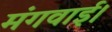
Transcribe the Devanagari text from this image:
मंगवाई।